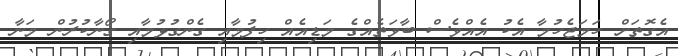
އެގޮތަށް ހަމަޖެހުމާ އެކު އެއްވެސް ބާވަތެއްގެ މަޑިއެއް ހިފުމާއި ގެންގުޅުމާއި ގޯނާކުރުން މަނާ